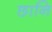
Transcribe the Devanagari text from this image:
छानि